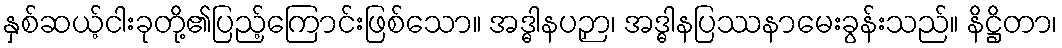
နှစ်ဆယ့်ငါးခုတို့၏ပြည့်ကြောင်းဖြစ်သော။ အဒ္ဓါနပဉှာ၊ အဒ္ဓါနပြဿနာမေးခွန်းသည်။ နိဋ္ဌိတာ၊